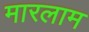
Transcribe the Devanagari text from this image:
मारलाम